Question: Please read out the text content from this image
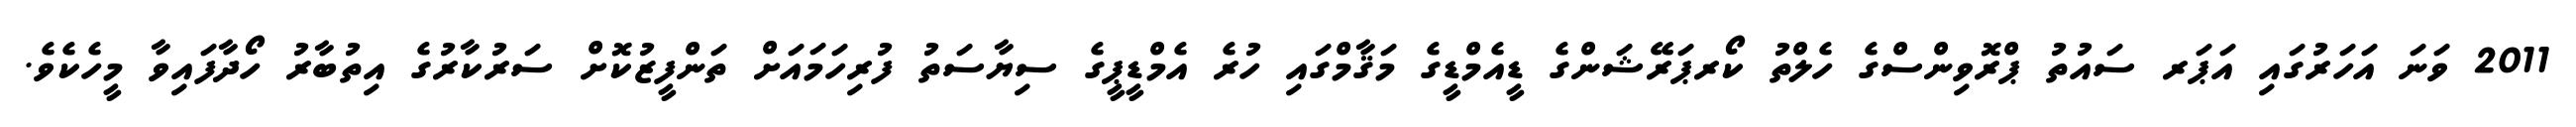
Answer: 2011 ވަނަ އަހަރުގައި އަޕަރ ސައުތު ޕްރޮވިންސްގެ ހެލްތު ކޯރޕަރޭޝަންގެ ޑީއެމްޑީގެ މަޤާމްގައި ހުރެ އެމްޑީޕީގެ ސިޔާސަތު ފުރިހަމައަށް ތަންފީޒުކޮށް ސަރުކާރުގެ އިތުބާރު ހޯދާފައިވާ މީހެކެވެ.